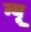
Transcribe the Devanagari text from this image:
न्यू़